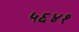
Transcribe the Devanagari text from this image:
५६४१